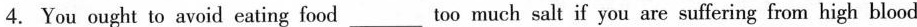
4.You ought to avoid eating food___too much salt if you are suffering from high blood